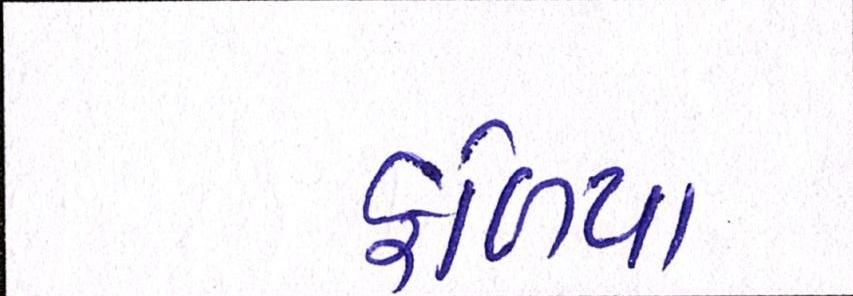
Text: ફળિયા